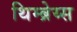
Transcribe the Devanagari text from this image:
थिम्ब्रेय्स